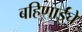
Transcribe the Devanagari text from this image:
बहिणाईंचे